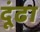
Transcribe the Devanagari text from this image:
दूंढा